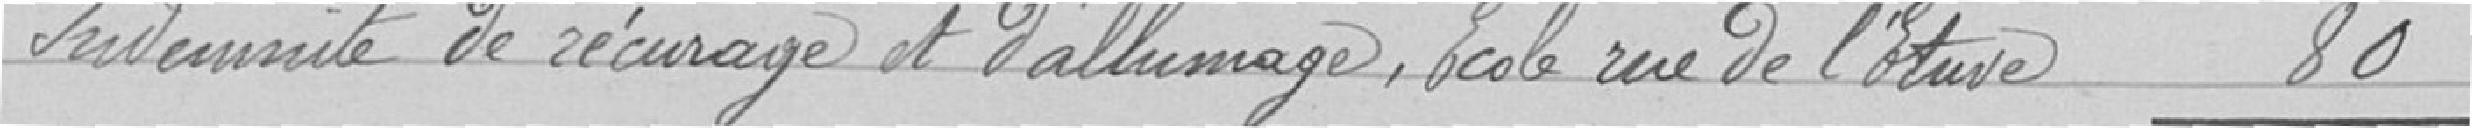
Indemnité de récurage et d'allumage, Ecole rue de l'Etuve 80